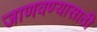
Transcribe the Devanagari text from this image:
जाणवण्यासाठी